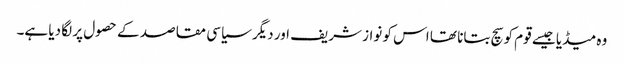
وہ میڈیا جیسے قوم کو سچ بتانا تھا اس کو نواز شریف اور دیگر سیاسی مقاصد کے حصول پر لگا دیا ہے۔